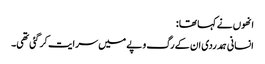
انھوں نے کہا تھا :
انسانی ہمدردی ان کے رگ و پے میں سرایت کر گئی تھی۔